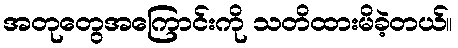
အတုတွေအကြောင်းကို သတိထားမိခဲ့တယ်။